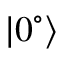
| 0 ^ { \circ } \rangle